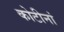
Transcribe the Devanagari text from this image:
कोटीनां